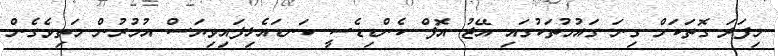
މިފަދަ ގޮތަކަށް ގިނަ ގައުމުތަކުގައި އޭޖު އޮފް ކެންޑިޑެސީ ކަނޑައެޅިފައިވިޔަސް އުމުރުން މަތިވެގެން